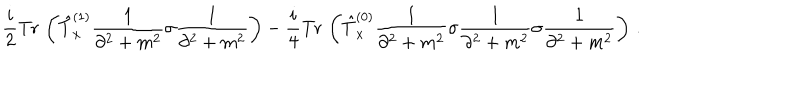
LaTeX: \frac { i } { 2 } \mathrm { T r } \, \left( \hat { T } _ { x } ^ { ( 1 ) } \frac { 1 } { \partial ^ { 2 } + m ^ { 2 } } \sigma \frac { 1 } { \partial ^ { 2 } + m ^ { 2 } } \right) - \frac { i } { 4 } \mathrm { T r } \, \left( \hat { T } _ { x } ^ { ( 0 ) } \frac { 1 } { \partial ^ { 2 } + m ^ { 2 } } \sigma \frac { 1 } { \partial ^ { 2 } + m ^ { 2 } } \sigma \frac { 1 } { \partial ^ { 2 } + m ^ { 2 } } \right) \, .